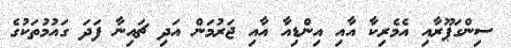
ސިންގަޕޫރާއި އެމެރިކާ އާއި އިންޑިއާ އާއި ޖަރުމަން އަދި ޗައިނާ ފަދަ ގައުމުތަކުގެ